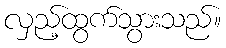
လှည့်ထွက်သွားသည်။